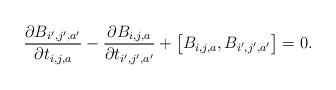
LaTeX: \begin{align*} \frac{\partial B_{i',j',a'}}{\partial t_{i,j,a}}- \frac{\partial B_{i,j,a}}{\partial t_{i',j',a'}}+\big[B_{i,j,a},B_{i',j',a'}\big]=0. \end{align*}